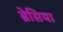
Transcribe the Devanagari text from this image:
ब्रेसिया